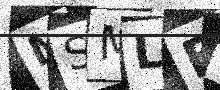
Text: MSMLFL